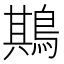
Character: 䳢